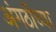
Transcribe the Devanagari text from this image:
अंगठीच्या